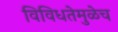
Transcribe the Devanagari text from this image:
विविधतेमुळेच